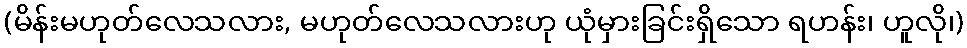
(မိန်းမဟုတ်လေသလား, မဟုတ်လေသလားဟု ယုံမှားခြင်းရှိသော ရဟန်း၊ ဟူလို၊)